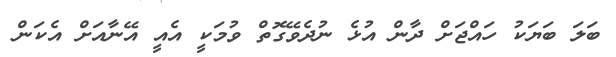
ބަލަ ބަޔަކު ހައްޖަށް ދާން އުޅެ ނުދެވޭގޮތް ވުމަކީ އެއީ އޭނާއަށް އެކަން